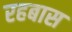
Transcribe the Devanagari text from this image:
रहबास